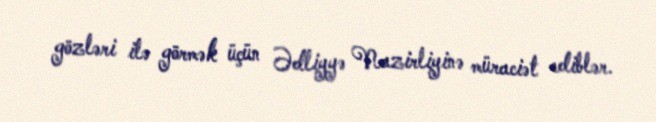
gözləri ilə görmək üçün Ədliyyə Nazirliyinə müraciət ediblər.